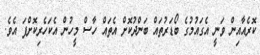
ކޮރެއާއިން ވަނީ އެގައުމުގެ ބޯޑަރުތައް ބަންދުކޮށް އެތައް ހާސް މީހުން އެކަހެރިކޮށްފަ އެވެ.